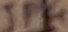
Text: JP4